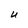
Character: U